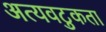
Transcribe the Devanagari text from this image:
अत्यवटुकता